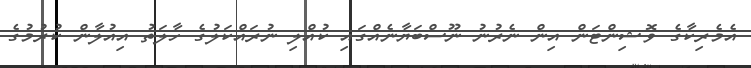
އެމެރިކާގެ ވޮޝިންޓަން އިން ނެރުނު ނޫސްބަޔާނެއްގައި ކުއްލި ނުރައްކަލުގެ ހާލަތު އިއުލާން ކުރުމުގެ